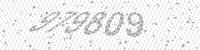
Solution: 979809